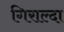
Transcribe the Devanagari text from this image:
गिराल्दा